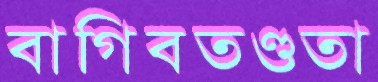
বাগিবতণ্ডতা